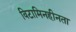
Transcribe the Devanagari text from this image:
विटामिनहीनता